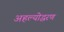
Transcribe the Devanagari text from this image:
अहल्योद्धरण